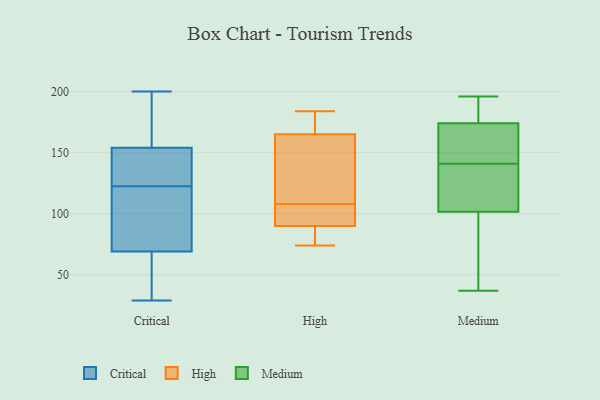
{"axis": {"x": "Bounce Rate (%)", "y": "Value"}, "legend": ["Critical", "High", "Medium"], "data": [{"x": "", "y": 29, "type": "Critical"}, {"x": "", "y": 69, "type": "Critical"}, {"x": "", "y": 134, "type": "Critical"}, {"x": "", "y": 85, "type": "Critical"}, {"x": "", "y": 153, "type": "Critical"}, {"x": "", "y": 72, "type": "Critical"}, {"x": "", "y": 175, "type": "Critical"}, {"x": "", "y": 50, "type": "Critical"}, {"x": "", "y": 138, "type": "Critical"}, {"x": "", "y": 96, "type": "Critical"}, {"x": "", "y": 57, "type": "Critical"}, {"x": "", "y": 154, "type": "Critical"}, {"x": "", "y": 177, "type": "Critical"}, {"x": "", "y": 147, "type": "Critical"}, {"x": "", "y": 64, "type": "Critical"}, {"x": "", "y": 200, "type": "Critical"}, {"x": "", "y": 111, "type": "Critical"}, {"x": "", "y": 179, "type": "Critical"}, {"x": "", "y": 165, "type": "High"}, {"x": "", "y": 106, "type": "High"}, {"x": "", "y": 110, "type": "High"}, {"x": "", "y": 74, "type": "High"}, {"x": "", "y": 177, "type": "High"}, {"x": "", "y": 101, "type": "High"}, {"x": "", "y": 119, "type": "High"}, {"x": "", "y": 90, "type": "High"}, {"x": "", "y": 78, "type": "High"}, {"x": "", "y": 184, "type": "High"}, {"x": "", "y": 139, "type": "Medium"}, {"x": "", "y": 176, "type": "Medium"}, {"x": "", "y": 96, "type": "Medium"}, {"x": "", "y": 179, "type": "Medium"}, {"x": "", "y": 71, "type": "Medium"}, {"x": "", "y": 141, "type": "Medium"}, {"x": "", "y": 118, "type": "Medium"}, {"x": "", "y": 159, "type": "Medium"}, {"x": "", "y": 168, "type": "Medium"}, {"x": "", "y": 37, "type": "Medium"}, {"x": "", "y": 196, "type": "Medium"}]}